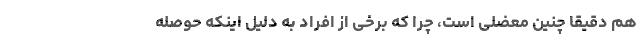
هم دقیقا چنین معضلی است، چرا که برخی از افراد به دلیل اینکه حوصله